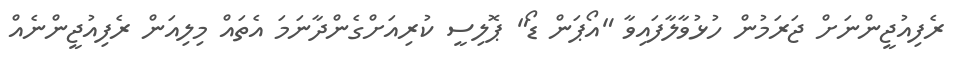
ރެފިއުޖީންނަށް ޖަރަމުން ހުޅުވާލާފައިވާ "އޯޕަން ޑޯ" ޕޮލިސީ ކުރިއަށްގެންދާނަމަ އެތައް މިލިއަން ރެފިއުޖީންނެއް